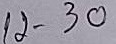
12 - 30